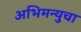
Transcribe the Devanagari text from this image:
अभिमन्युचा